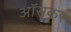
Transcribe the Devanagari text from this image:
ऑसकर